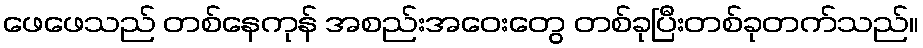
ဖေဖေသည် တစ်နေကုန် အစည်းအဝေးတွေ တစ်ခုပြီးတစ်ခုတက်သည်။